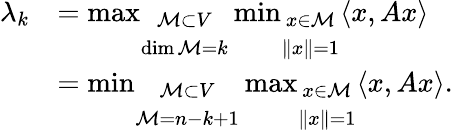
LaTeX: {\begin{array}{rl}{\lambda_{k}}&{=\operatorname*{max}_{\begin{array}{c}{{\mathcal{M}}\subset V}\\ {\dim{\mathcal{M}}=k}\end{array}}\operatorname*{min}_{\begin{array}{c}{x\in{\mathcal{M}}}\\ {\| x\| =1}\end{array}}\langle x,Ax\rangle}\\ &{=\operatorname*{min}_{\begin{array}{c}{{\mathcal{M}}\subset V}\\ {{\mathcal{M}}=n-k+1}\end{array}}\operatorname*{max}_{\begin{array}{c}{x\in{\mathcal{M}}}\\ {\| x\| =1}\end{array}}\langle x,Ax\rangle{\mathrm{.~}}}\end{array}}